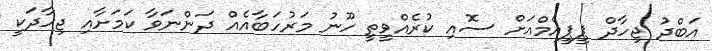
އަބްދު ޖިހާދް ޕީޕީއެމްއަށް ސޮއި ކުރެއްވީތީ ހޫނު މަރުހަބާއެއް ދަންނަވާ ކަމަށާއި ޖިހާދަކީ